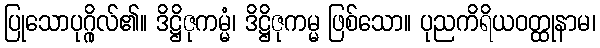
ပြုသောပုဂ္ဂိုလ်၏။ ဒိဋ္ဌိဇုကမ္မံ၊ ဒိဋ္ဌိဇုကမ္မ ဖြစ်သော။ ပုညကိရိယဝတ္ထုနာမ၊